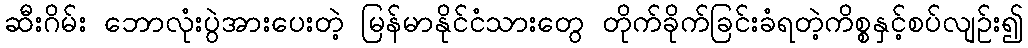
ဆီးဂိမ်း ဘောလုံးပွဲအားပေးတဲ့ မြန်မာနိုင်ငံသားတွေ တိုက်ခိုက်ခြင်းခံရတဲ့ကိစ္စနှင့်စပ်လျဉ်း၍